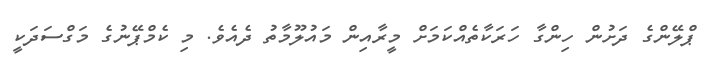
ޕްލޭންގެ ދަށުން ހިންގާ ހަރަކާތެއްކަމަށް މީރާއިން މައުލޫމާތު ދެއެވެ. މި ކެމްޕޭނުގެ މަގްސަދަކީ